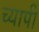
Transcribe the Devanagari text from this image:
च्यापी